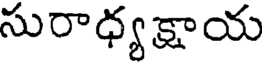
సురాధ్యక్షాయ